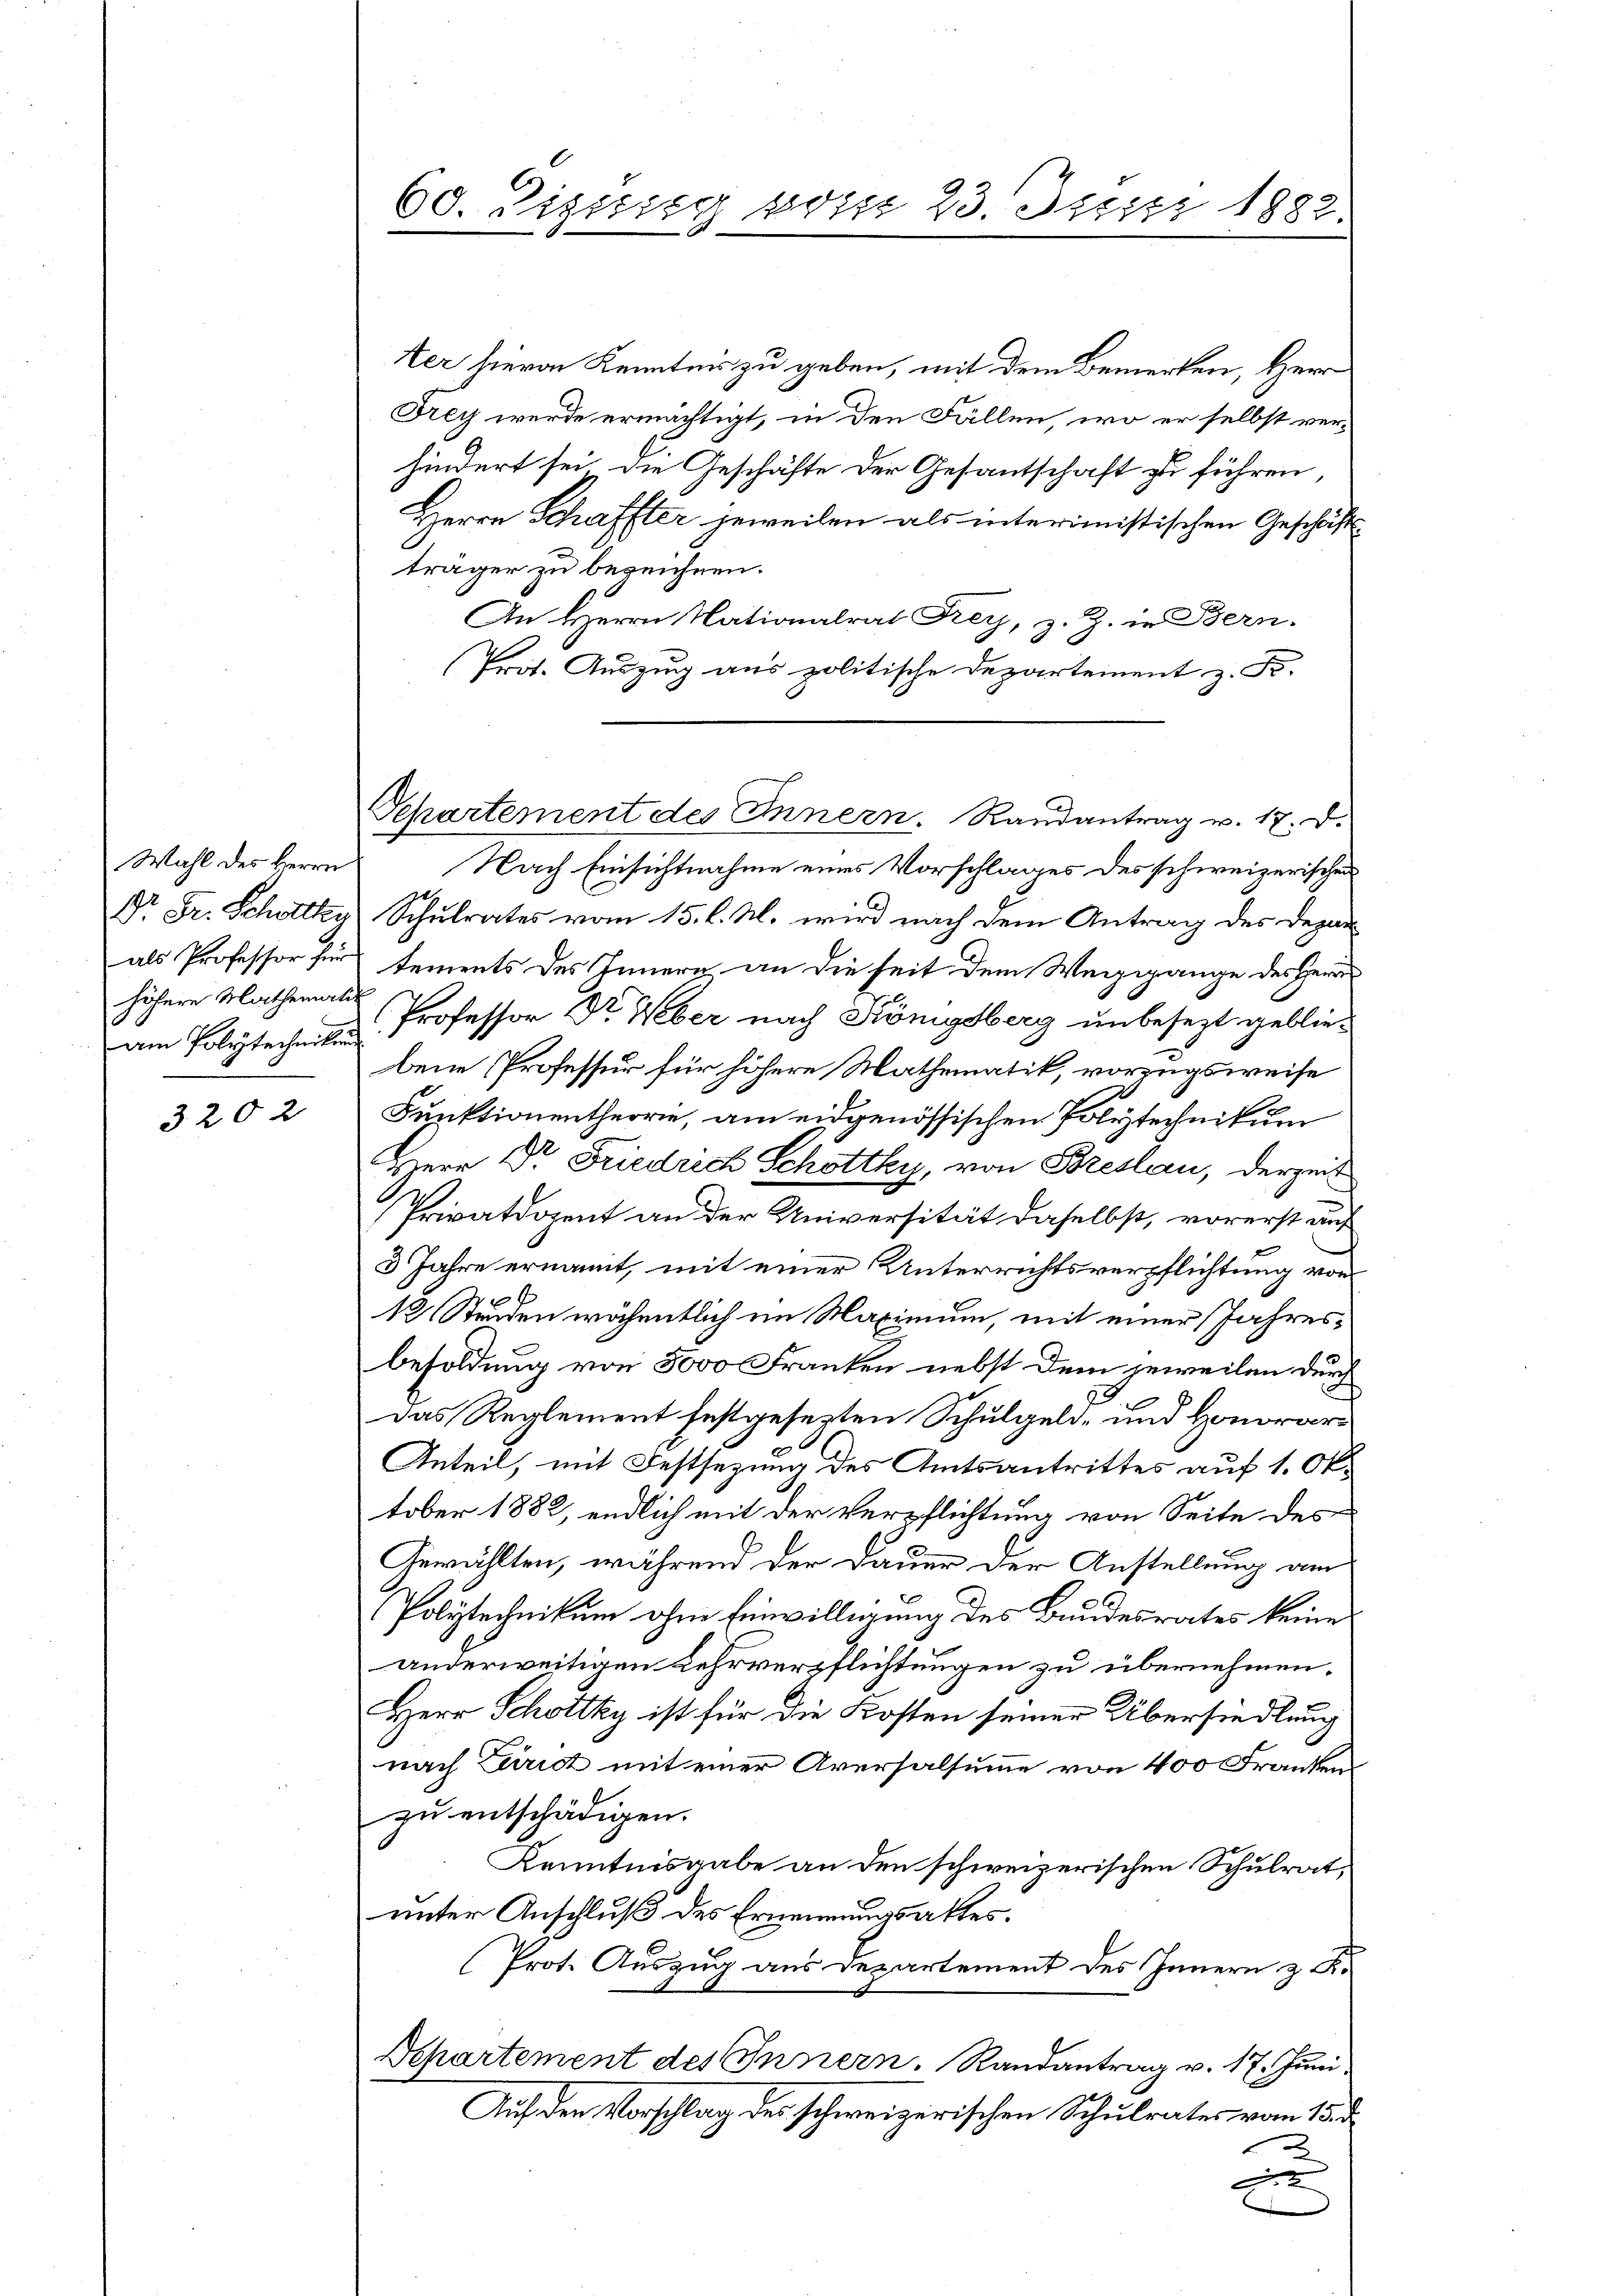
Wahl des Herrn
dem Polytechnikum
.

3202

60. Diziciter vom 23. Dippr 1882.
6

ter hievon Kenntnis zu geben, mit dem Bemerken, Herr
Frey werde ermächtigt, in den Fällen, wo er selbst ver-
hindert sei, die Geschäfte der Gesantschaft zu führen,
Herrn Schaffter jeweilen als interimistischen Geschäft
träger zu bezeichnen.
An Herrn Nationalrat Frey, z. Z. in Bern.
Prot. Auszug aus politische Departement z. Fr.
Nach Einsichtnahme eines Vorschlages des schweizerischen
Dr. Fr. Schottky Schulrates vom 15. l. M. wird nach dem Antrag des Depar
als Professor für sements des Innern an die seit dem Weggegange des Herrn
höhere Mathemater Professor Dr. Weber nach Königsberg unbesezt gebliebene Professur für höhere Mathematik, vorzugsweise
Funktionentheorie, am eidgenössischen Polytechnikum
Herr Dr. Friedrich Schottky, von Breslau, derzeit
Privatdozent an der Universität daselbst, vorerst auf
3 Jahre ernannt, mit einer Unterrichtsverpflichtung von
12 Stunden wöchentlich im Maximum, mit einer Jahresbesoldung von 5000 Franken nebst dem jeweilen durch
85
das Reglement festgesezten Schulgeld- und Honorar¬
Anteil, mit Festsezung des Amtsantrittes auf 1. Oktober 1882, endlich mit der Verpflichtung von Seite des
Gewählten, während der Dauer der Anstellung am
Polytechnikum ohne Einwilligung des Bundesrates keine
anderweitigen Lehrverpflichtungen zu übernehmen.
Herr Schottky ist für die Kosten seiner Übersiedlung
nach Zurict mit einer Aversalsumme von 400 Frankenzu entschädigen.
Kenntnisgabe an den schweizerischen Schulrat,
unter Anschluß des Ernennungsaktes.
Prot. Auszug aus Departement des Innern z. K.
Departement des Innern. Randantrag v. 17. Juni
Auf den Vorschlag des schweizerischen Schulrates vom 15. d.
x

Departement des Innern. Randantrag v. 17. d.